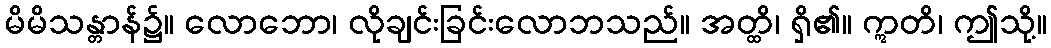
မိမိသန္တာန်၌။ လောဘော၊ လိုချင်းခြင်းလောဘသည်။ အတ္ထိ၊ ရှိ၏။ ဣတိ၊ ဤသို့။